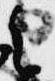
之